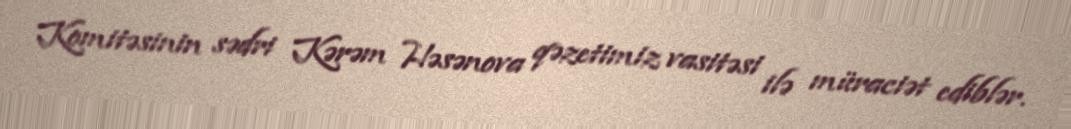
Komitəsinin sədri Kərəm Həsənova qəzetimiz vasitəsi ilə müraciət ediblər.